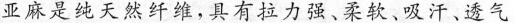
亚麻是纯天然纤维，具有拉力强、柔软、吸汗、透气